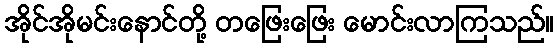
အိုင်အိုမင်းနောင်တို့ တဖြေးဖြေး မောင်းလာကြသည်။